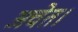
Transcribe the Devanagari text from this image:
अचेत।